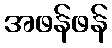
အဖန်ဖန်